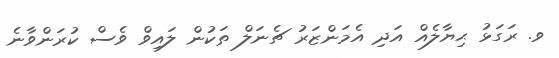
ވ. ރަގަޅު ޙިޔާލެއް އަދި އެމަންޒަރު ޗެނަލް ތަކުން ލައިވް ވެސް ކުރަންވާނެ